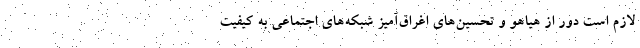
لازم است دور از هیاهو و تحسین‌های اغراق‌آمیز شبکه‌های اجتماعی به کیفیت